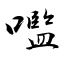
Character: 嚂